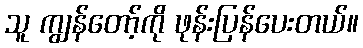
သူ ကျွန်တော့်ကို ဖုန်းပြန်ပေးတယ်။